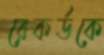
রেকর্ডকে